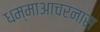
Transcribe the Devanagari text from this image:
धम्माआचरनास